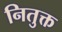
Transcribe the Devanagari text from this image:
नितुक्त